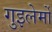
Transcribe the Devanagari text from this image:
गुइलेर्मो